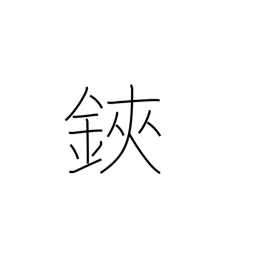
Meaning: scissors